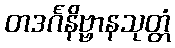
တဒင်္ဂနိဗ္ဗာနသုတ္တံ